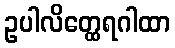
ဥပါလိတ္ထေရဂါထာ